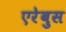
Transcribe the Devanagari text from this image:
एरेबुस